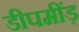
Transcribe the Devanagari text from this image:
डीपमींड़